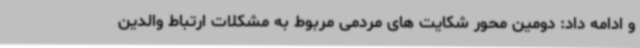
و ادامه داد: دومین محور شکایت های مردمی مربوط به مشکلات ارتباط والدین